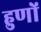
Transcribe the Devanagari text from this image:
हुणों